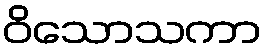
ဝိသောသကာ